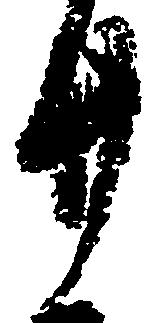
廿